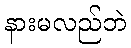
နားမလည်ဘဲ